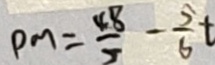
p m = \frac { 4 8 } { 5 } - \frac { 5 } { 6 } t